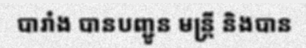
បារាំង បានបញ្ជូន មន្ត្រី និងបាន